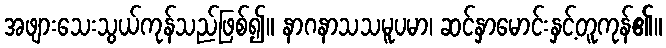
အဖျားသေးသွယ်ကုန်သည်ဖြစ်၍။ နာဂနာသသမူပမာ၊ ဆင်နှာမောင်းနှင့်တူကုန်၏။